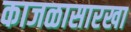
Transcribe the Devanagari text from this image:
काजळासारखा